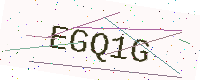
Text: EGQ1G